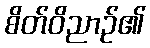
စိတ်ဝိညာဉ်၏